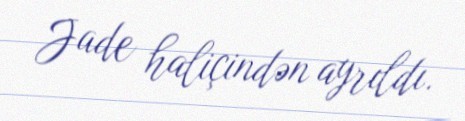
Jade haliçindən ayrıldı.